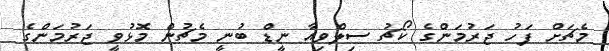
މެޗަށް ފަހު ޖަރުމަންގެ ކޯޗު ސިލްވިއާ ނީޑް ބުނީ މެޗުން މޮޅުވީ ޖަރުމަންގެ